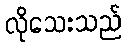
လိုသေးသည်